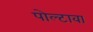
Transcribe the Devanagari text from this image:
पोल्टावा